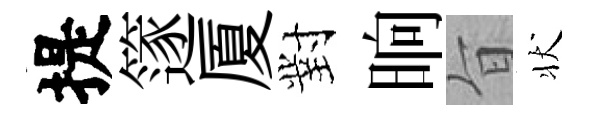
提篴厦對晌旨状